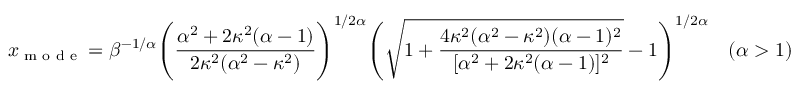
x _ { \textrm { m o d e } } = \beta ^ { - 1 / \alpha } { \Bigg ( } { \frac { \alpha ^ { 2 } + 2 \kappa ^ { 2 } ( \alpha - 1 ) } { 2 \kappa ^ { 2 } ( \alpha ^ { 2 } - \kappa ^ { 2 } ) } } { \Bigg ) } ^ { 1 / 2 \alpha } { \Bigg ( } { \sqrt { 1 + { \frac { 4 \kappa ^ { 2 } ( \alpha ^ { 2 } - \kappa ^ { 2 } ) ( \alpha - 1 ) ^ { 2 } } { [ \alpha ^ { 2 } + 2 \kappa ^ { 2 } ( \alpha - 1 ) ] ^ { 2 } } } } } - 1 { \Bigg ) } ^ { 1 / 2 \alpha } \quad ( \alpha > 1 )